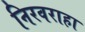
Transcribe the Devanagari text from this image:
निरवराहा